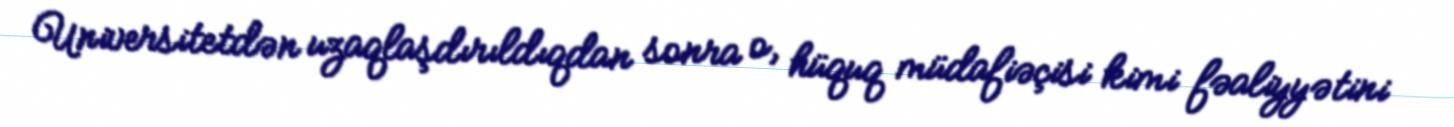
Universitetdən uzaqlaşdırıldıqdan sonra o, hüquq müdafiəçisi kimi fəaliyyətini